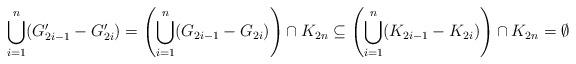
LaTeX: \begin{align*} \bigcup_{i = 1}^{n} (G'_{2i-1}-G'_{2i}) = \left(\bigcup_{i = 1}^{n} (G_{2i-1}-G_{2i}) \right)\cap K_{2n} \subseteq \left(\bigcup_{i = 1}^n (K_{2i-1} - K_{2i}) \right)\cap K_{2n}=\emptyset \end{align*}